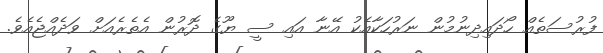
ފުރުސަތެއް ހޯދައިދިނުމުން ނަރުހަކާއެކު އޭނާ އައި ސީ ޔޫގެ ދޮރުން އެތެރެއަށް ވަދެއްޖެއެވެ.